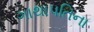
ગાથાપતિના